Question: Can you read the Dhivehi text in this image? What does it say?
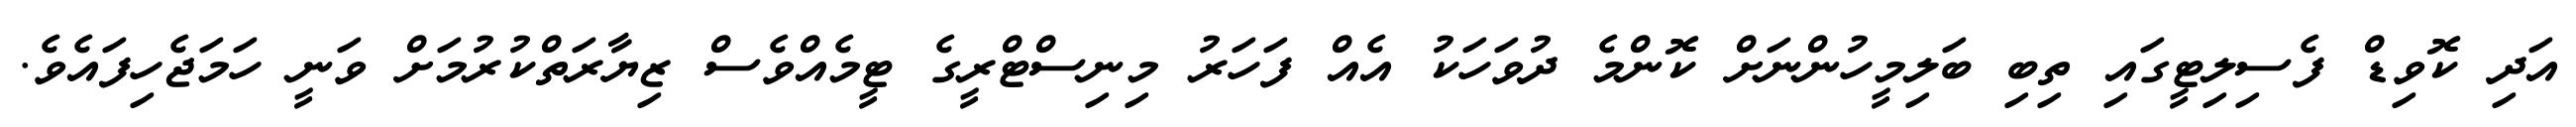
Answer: އަދި ކޮވިޑް ފެސިލިޓީގައި ތިބި ބަލިމީހުންނަށް ކޮންމެ ދުވަހަކު އެއް ފަހަރު މިނިސްޓްރީގެ ޓީމެއްވެސް ޒިޔާރަތްކުރުމަށް ވަނީ ހަމަޖެހިފައެވެ.